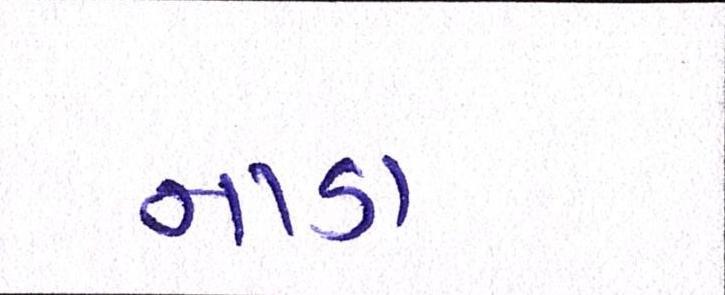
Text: નાડા